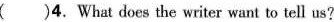
()4.What does the writer want to tell us?